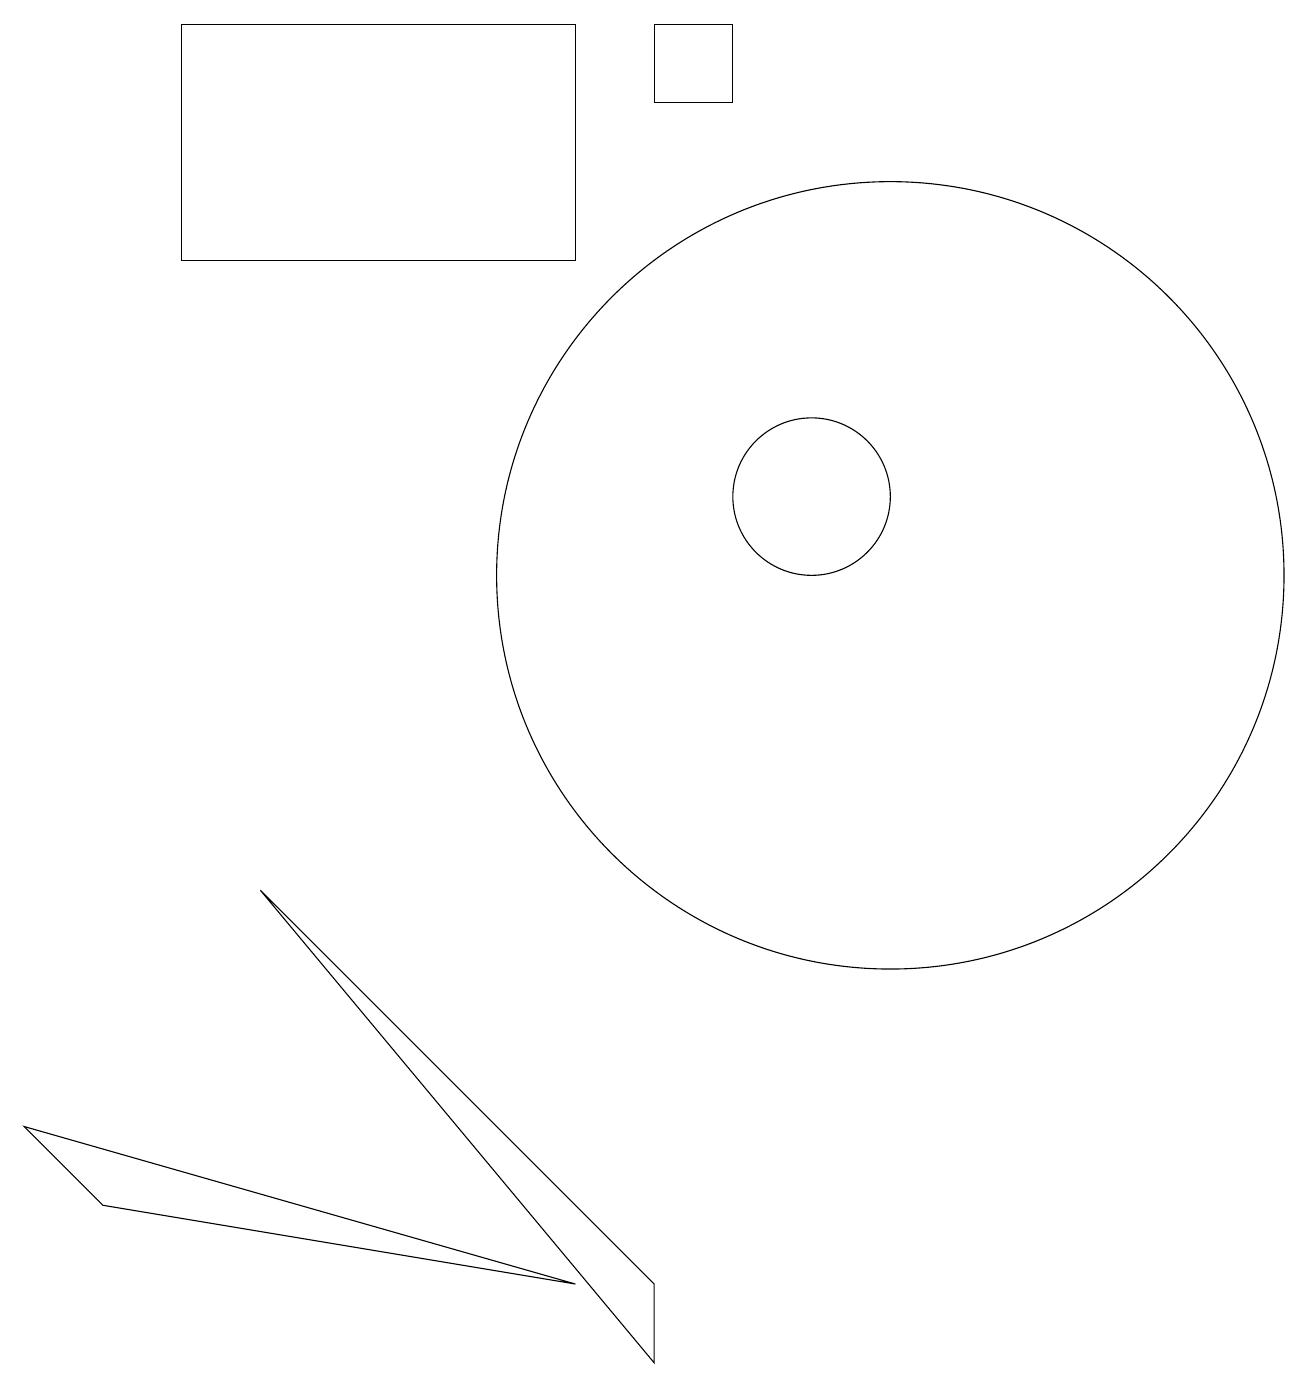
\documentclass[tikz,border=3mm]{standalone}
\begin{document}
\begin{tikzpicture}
\draw (11,10) circle (5);
\draw (11,10) circle (0);
\draw (10,11) circle (1);
\draw (0,3) -- (1,2) -- (7,1) -- cycle;
\draw (7,14) rectangle (2,17);
\draw (8,0) -- (8,1) -- (3,6) -- cycle;
\draw (8,16) rectangle (9,17);
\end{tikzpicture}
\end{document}